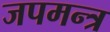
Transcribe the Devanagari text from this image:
जपमन्त्र